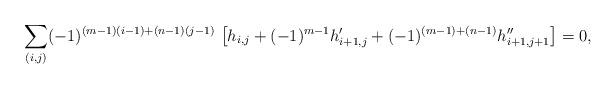
LaTeX: \begin{align*}\sum_{(i,j)}^{} (-1)^{(m-1)(i-1) + (n-1)(j-1)} ~ \big[ h_{i,j} + (-1)^{m-1} h'_{i+1, j} + (-1)^{(m-1) + (n - 1)} h''_{i+1, j+1} \big] = 0 ,\end{align*}